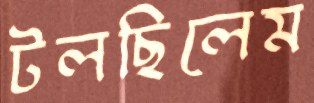
টলছিলেম